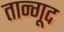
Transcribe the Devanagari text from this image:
तान्गूद